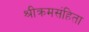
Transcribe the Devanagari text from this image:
श्रीक्रमसंहिता